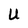
Character: U